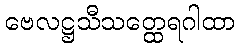
ဗေလဋ္ဌသီသတ္ထေရဂါထာ